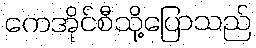
ကေအိုင်စီသို့ပြောသည်